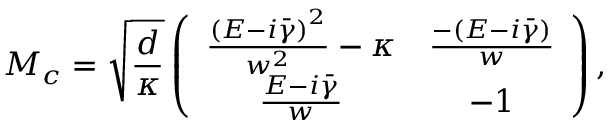
M _ { c } = \sqrt { \frac { d } { \kappa } } \left( \begin{array} { c c } { \frac { \left( E - i \bar { \gamma } \right) ^ { 2 } } { w ^ { 2 } } - \kappa } & { \frac { - ( E - i \bar { \gamma } ) } { w } } \\ { \frac { E - i \bar { \gamma } } { w } } & { - 1 } \end{array} \right) ,